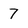
Character: 7